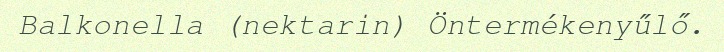
Balkonella (nektarin) Öntermékenyűlő.